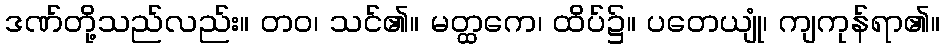
ဒဏ်တို့သည်လည်း။ တဝ၊ သင်၏။ မတ္ထကေ၊ ထိပ်၌။ ပတေယျုံ၊ ကျကုန်ရာ၏။